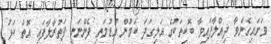
ވަށައިގެންވާ ދިއްލާފައިވާ ބޮކިތަކުގެ އަލިގަދަ ކަމުން އުޑުމަތި ފެންނަނީ ފަތުރާލާފައި އޮތް ކަޅު